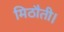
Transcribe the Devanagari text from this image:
मिठौती।